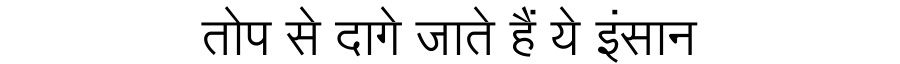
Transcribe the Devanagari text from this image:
तोप से दागे जाते हैं ये इंसान